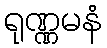
ရုဏ္ဏမနံ